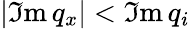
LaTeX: \left|\operatorname{\mathfrak{I}m}{{q}_{x}}\right|<\operatorname{\mathfrak{I}m}{{q}_{i}}